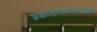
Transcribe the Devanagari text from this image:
प्रशस्तनामकरणो